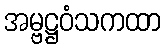
အမ္ဗဋ္ဌဝံသကထာ